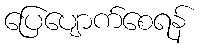
ပြေပျောက်စေရန်